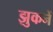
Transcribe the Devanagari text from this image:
झुकनें